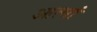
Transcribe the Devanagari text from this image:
आत्मां